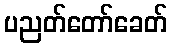
ပညတ်တော်ခေတ်